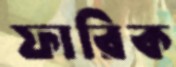
ফারিক